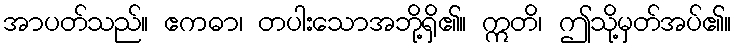
အာပတ်သည်။ ဧကဓာ၊ တပါးသောအဘို့ရှိ၏။ ဣတိ၊ ဤသို့မှတ်အပ်၏။